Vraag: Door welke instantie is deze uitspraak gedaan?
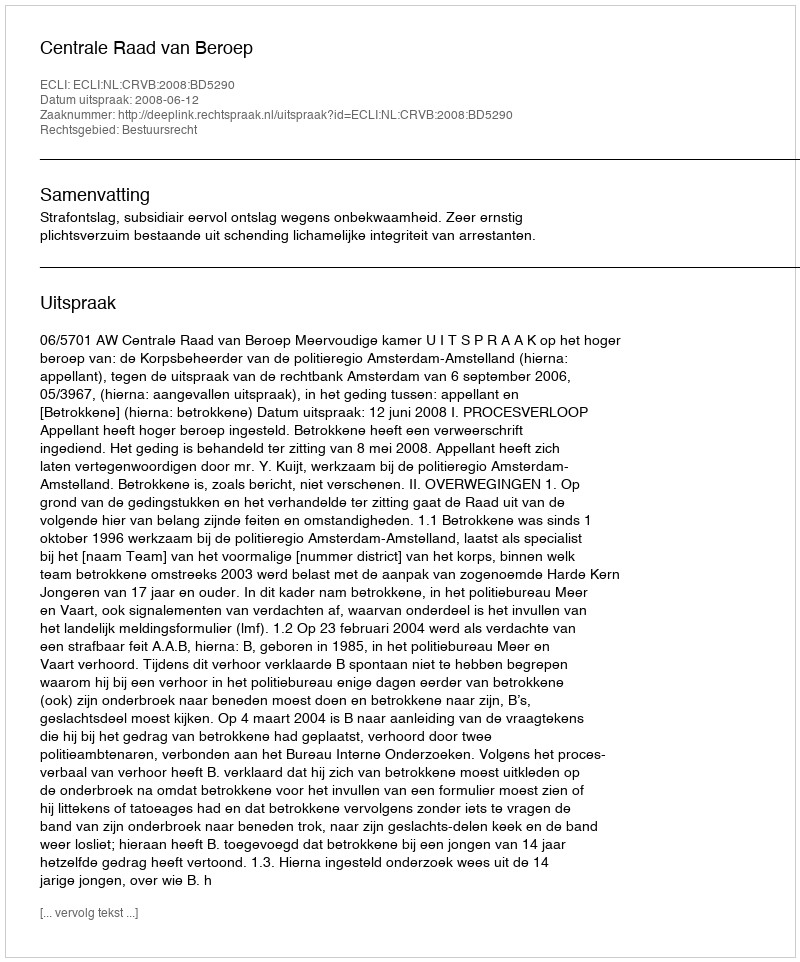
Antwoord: Centrale Raad van Beroep